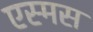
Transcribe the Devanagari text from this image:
एस्मस